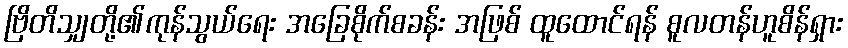
ဗြိတိသျှတို့၏ကုန်သွယ်ရေး အခြေစိုက်စခန်း အဖြစ် ထူထောင်ရန် စူလတန်ဟူစိန်ရှား